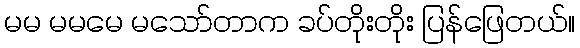
မမ မမမေ မသော်တာက ခပ်တိုးတိုး ပြန်ဖြေတယ်။